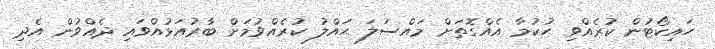
ހައިކޯޓުން ކުރެއްވި ޙުކުމާ އެއްގޮތަށް މައްސަލަ ޙައްލު ކުރެއްވުމަށް ބާރުއަޅުއްވައި ދެއްވުން އެދި